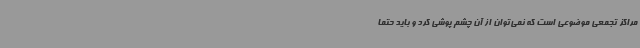
مراکز تجمعی موضوعی است که نمی‌توان از آن چشم پوشی کرد و باید حتما